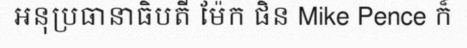
អនុប្រធានាធិបតី ម៉ែក ផិន Mike Pence ក៏